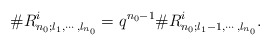
\begin{align*}\#R^i_{n_0;l_1,\cdots,l_{n_0}}=q^{n_0-1}\#R^i_{n_0;l_1-1,\cdots,l_{n_0}}.\end{align*}